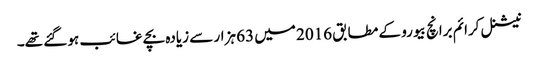
نیشنل کرائم برانچ بیورو کے مطابق 2016 میں 63 ہزار سے زیادہ بچے غائب ہو گئے تھے۔